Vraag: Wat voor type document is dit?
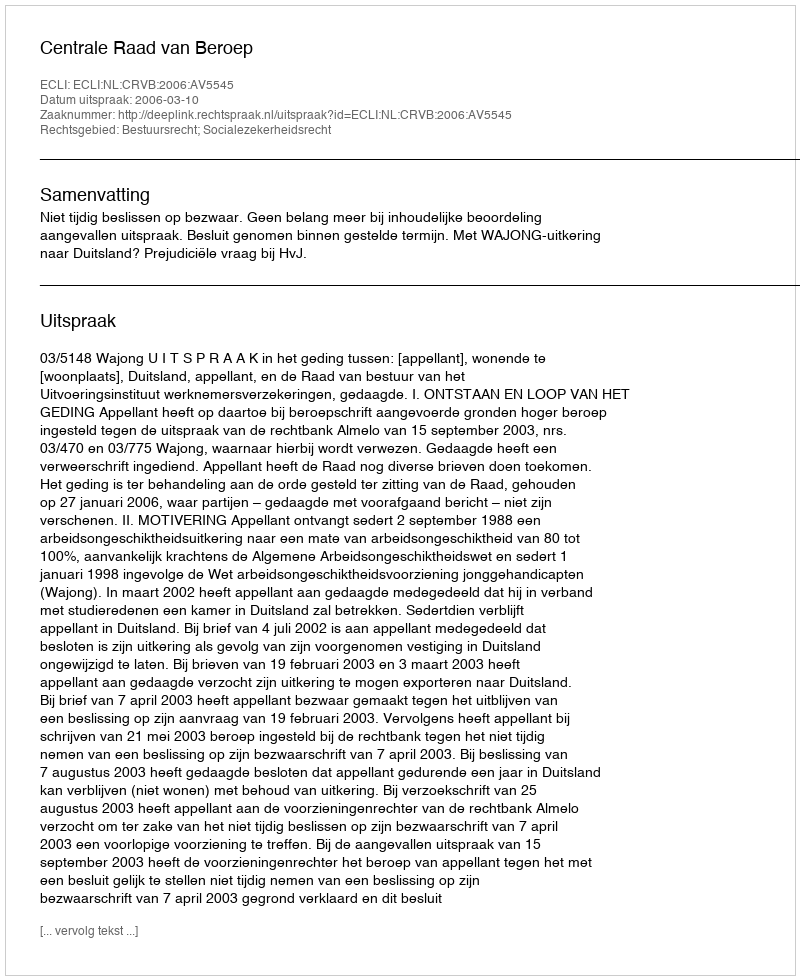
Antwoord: Uitspraak